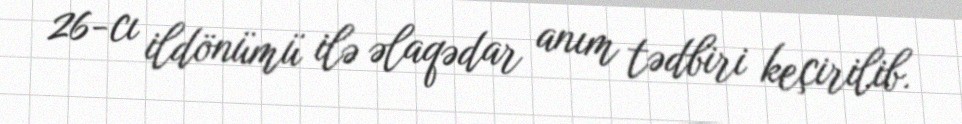
26-cı ildönümü ilə əlaqədar anım tədbiri keçirilib.